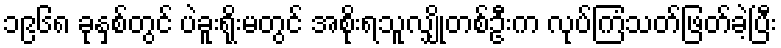
၁၉၆၈ ခုနှစ်တွင် ပဲခူးရိုးမတွင် အစိုးရသူလျှိုတစ်ဦးက လုပ်ကြံသတ်ဖြတ်ခဲ့ပြီး